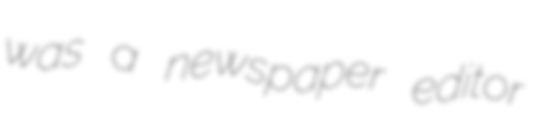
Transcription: was a newspaper editor